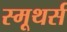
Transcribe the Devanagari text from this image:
स्मूथर्स